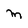
Character: M